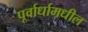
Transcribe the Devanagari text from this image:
पूर्वार्धामधील